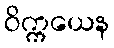
ဝိက္ကယေန